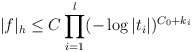
\begin{align*}|f|_h \le C\prod_{i=1}^l(-\log |t_i|)^{C_0+k_i}\end{align*}